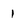
Character: 1